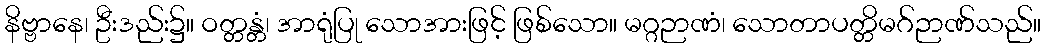
နိဗ္ဗာနေ၊ ဦးဒည်း၌။ ဝတ္တန္တံ၊ အာရုံပြု သောအားဖြင့် ဖြစ်သော။ မဂ္ဂဉာဏံ၊ သောတာပတ္တိမဂ်ဉာဏ်သည်။